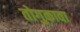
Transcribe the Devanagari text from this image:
तोगुकावा